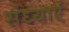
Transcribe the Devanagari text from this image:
संध्याएं